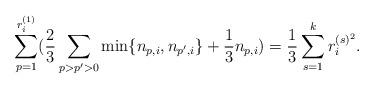
LaTeX: \begin{align*} \sum_{p=1}^{r_{i}^{(1)}} (\frac{2}{3}\sum_{p>p'>0}\mathrm{min} \{ n_{p,i},n_{p',i}\}+\frac{1}{3}n_{p,i})&=\frac{1}{3} \sum_{s=1}^{k}r^{(s)^{2}}_{i}. &\end{align*}